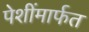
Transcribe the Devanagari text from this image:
पेशींमार्फत